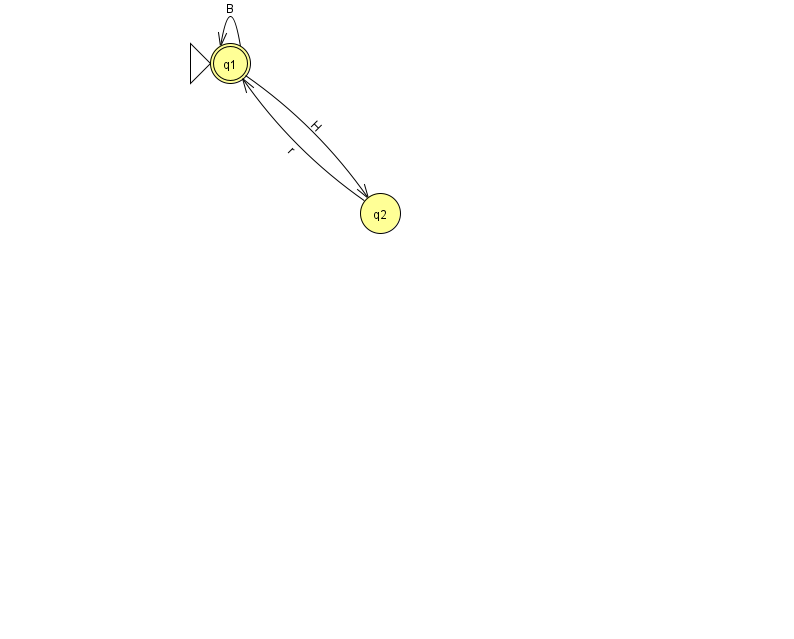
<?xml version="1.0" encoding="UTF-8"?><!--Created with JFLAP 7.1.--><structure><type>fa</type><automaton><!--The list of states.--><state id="1" name="q1"><x>230.0</x><y>50.0</y><initial/><final/></state><state id="2" name="q2"><x>380.0</x><y>200.0</y></state><!--The list of transitions.--><transition><from>1</from><to>1</to><read>B</read></transition><transition><from>2</from><to>1</to><read>r</read></transition><transition><from>1</from><to>2</to><read>H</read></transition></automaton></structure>